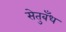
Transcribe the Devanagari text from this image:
सेतुबँध